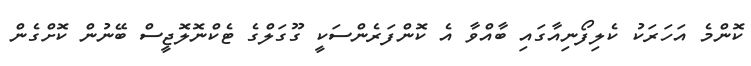
ކޮންމެ އަހަރަކު ކެލިފޯނިއާގައި ބާއްވާ އެ ކޮންފަރެންސަކީ ގޫގަލްގެ ޓެކްނޮލޮޖީސް ބޭނުން ކޮށްގެން